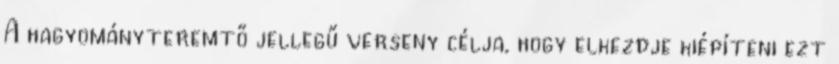
A hagyományteremtő jellegű verseny célja, hogy elkezdje kiépíteni ezt